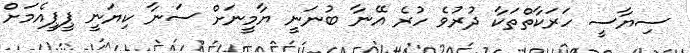
ސިޔާސީ ހަރަކާތްތަކާ ދުރުވެ ހުރެ އޭނާ ބުނަނީ ޔާމީނަށް ސަނާ ކިޔަނީ ޕީޕީއެމަށް